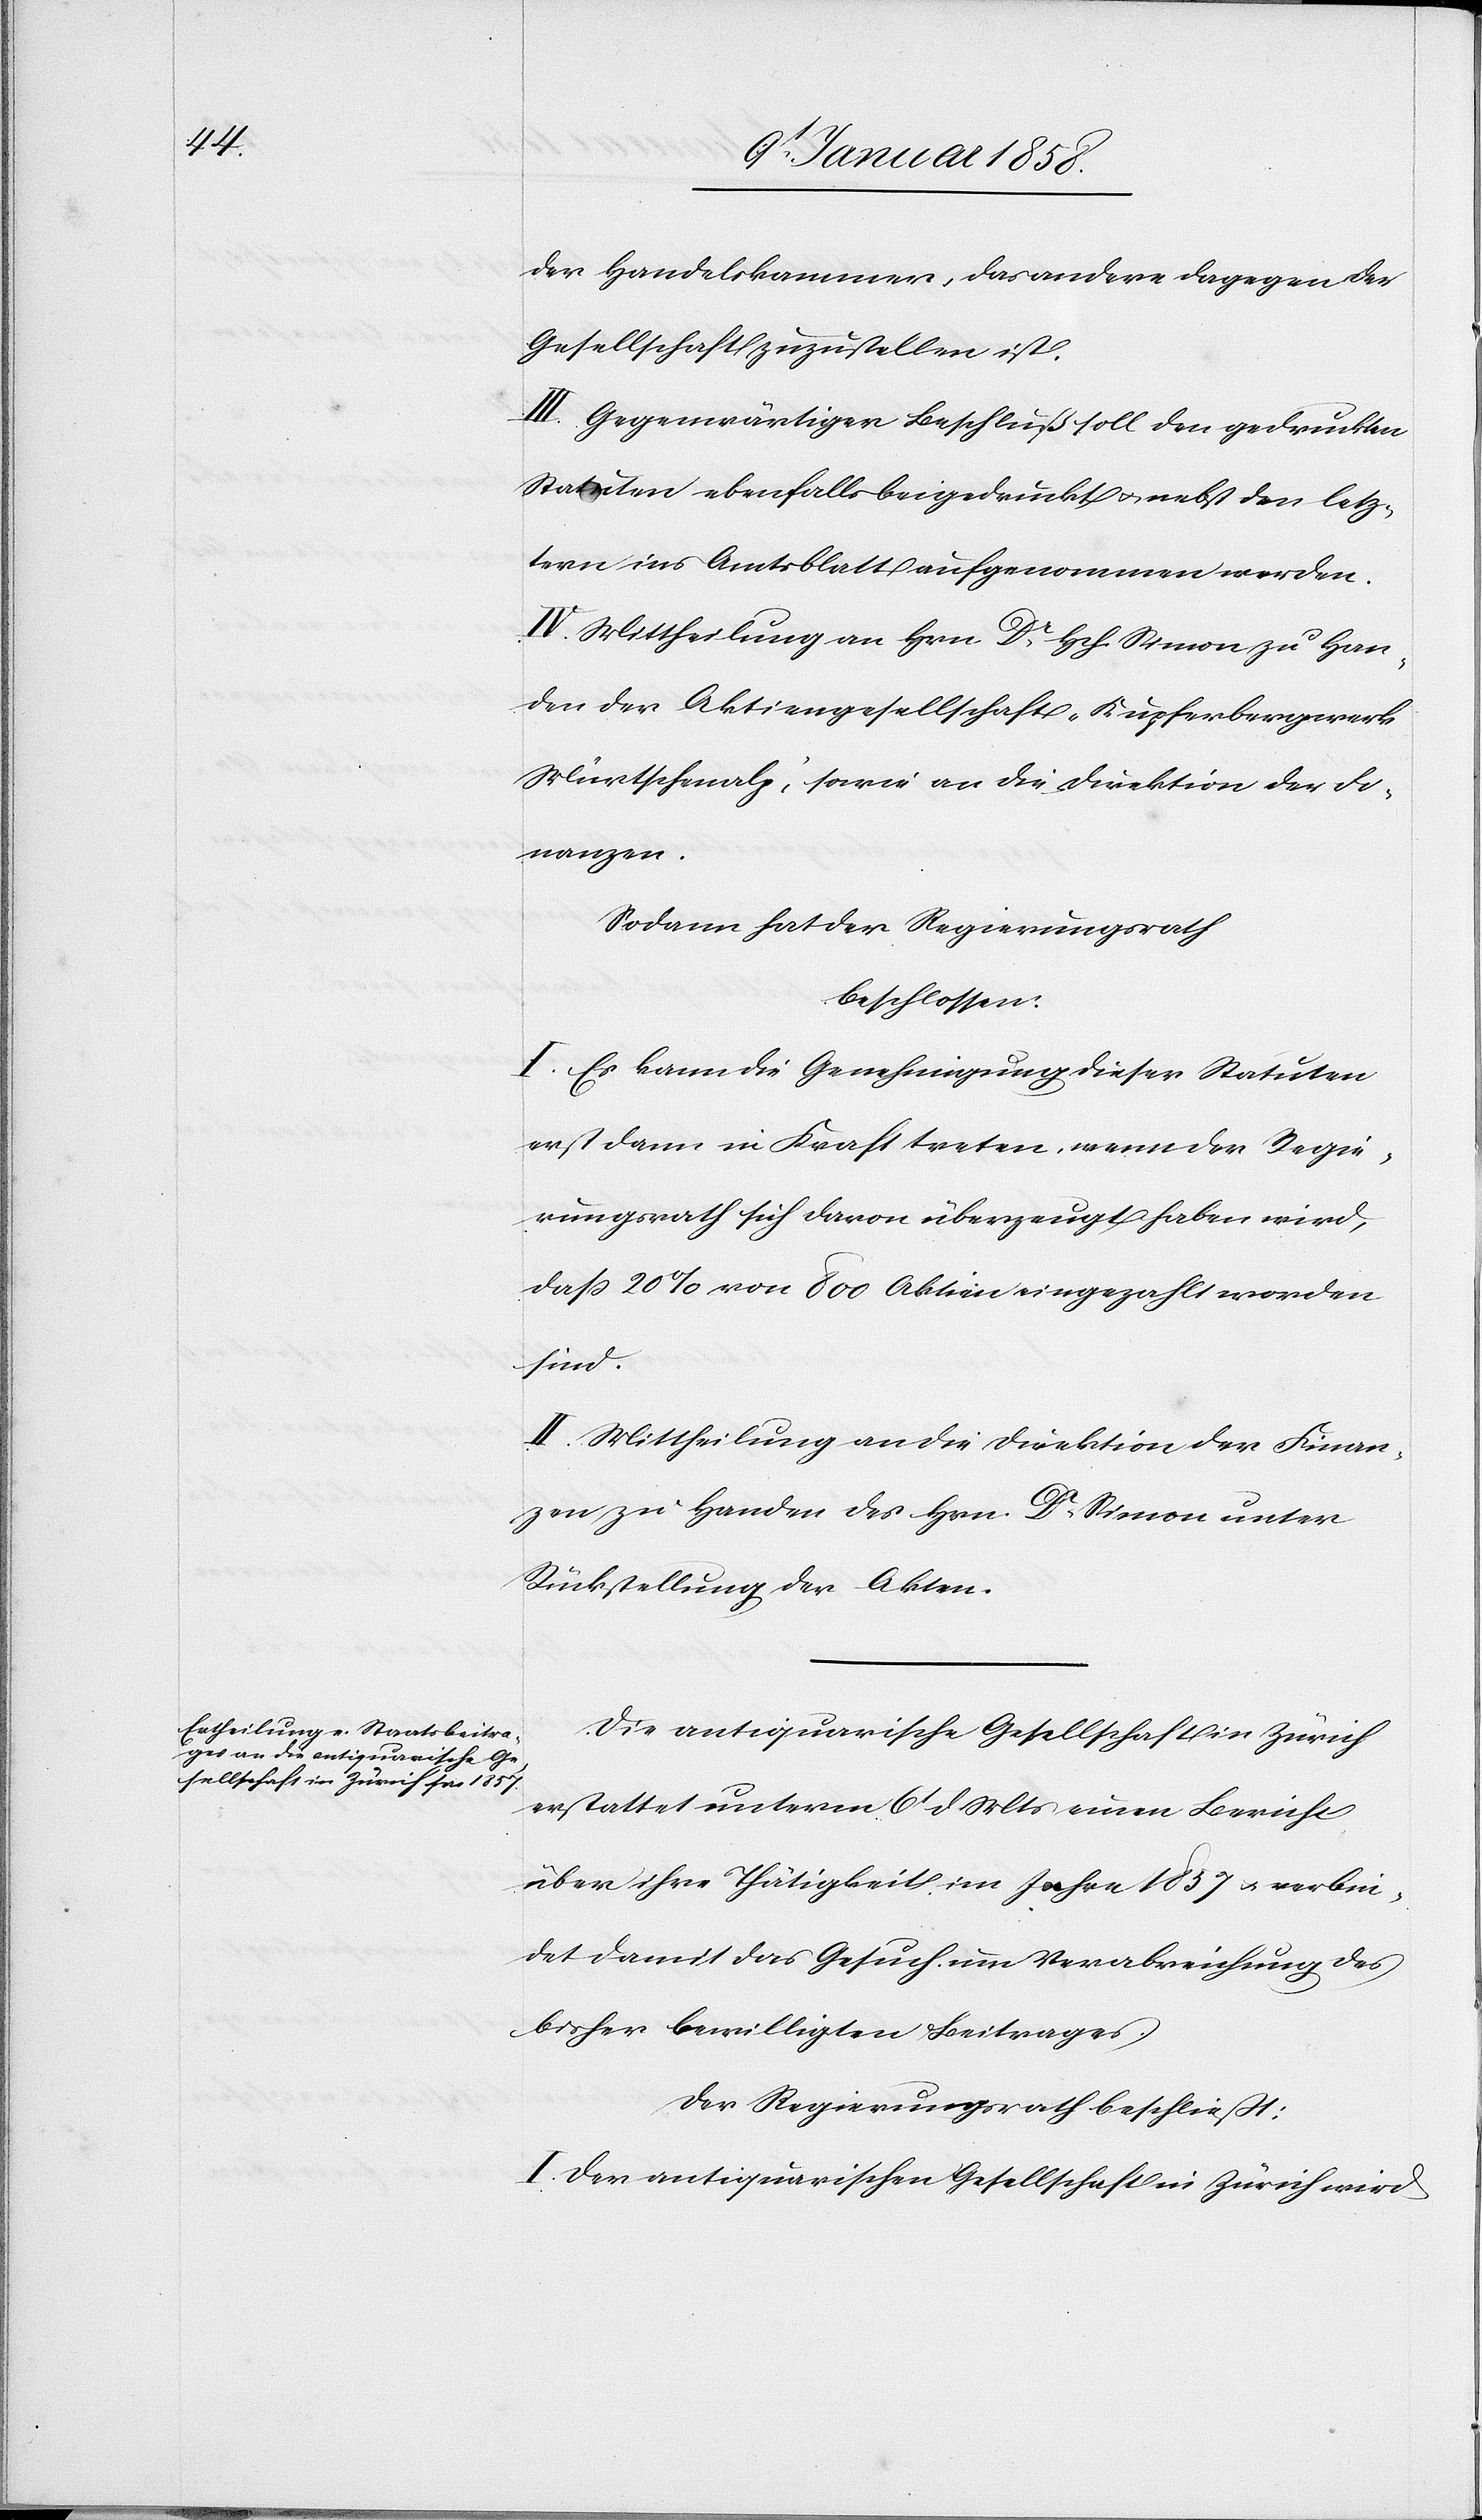
der Handelskammer, das andere dagegen der
Gesellschaft zuzustellen ist.
III. Gegenwärtiger Beschluß soll den gedruckten
Statuten ebenfalls beigedruckt u. nebst den letz¬
tern ins Amtsblatte aufgenommen werden.
IV. Mittheilung an Hrn Dr. Hch. Simon zu Han¬
den der Aktiengesellschaft „Kupferbergwerk
Mürtschenalp“, sowie an die Direktion der Fi¬
nanzen.
Sodann hat der Regierungsrath
beschlossen:
I. Es kann die Genehmigung dieser Statuten
erst dann in Kraft treten, wenn der Regie¬
rungsrath sich davon überzeugt haben wird,
daß 20 % von 800 Aktien eingezahlt worden
sind.
II. Mittheilung an die Direktion der Finan¬
zen zu Handen des Hrn. Dr. Simon unter
Rückstellung der Akten.
Die antiquarische Gesellschaft in Zürich
erstattet unterm 6t d Mts einen Bericht
über ihre Thätigkeit im Jahre 1857 u. verbin¬
det damit das Gesuch um Verabreichung des
bisher bewilligten Beitrages.
Der Regierungsrath beschliesst:
I. Der antiquarischen Gesellschaft in Zürich wird